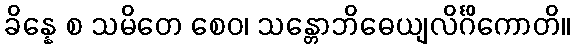
ခိန္နေ စ သမိတေ စေဝ၊ သန္တောဘိဓေယျလိင်္ဂိကောတိ။